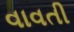
વાવતી